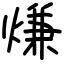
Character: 熑